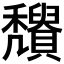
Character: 𥤒